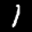
Label: 1